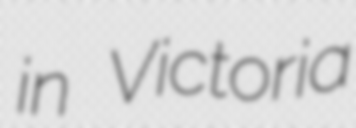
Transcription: in Victoria